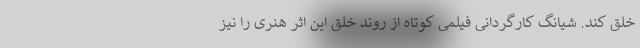
خلق کند. شیانگ کارگردانی فیلمی کوتاه از روند خلق این اثر هنری را نیز